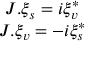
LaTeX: \begin{array} { c } { { J . \xi _ { s } = i \xi _ { v } ^ { * } } } \\ { { J . \xi _ { v } = - i \xi _ { s } ^ { * } } } \end{array}